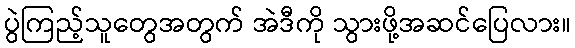
ပွဲကြည့်သူတွေအတွက် အဲဒီကို သွားဖို့အဆင်ပြေလား။